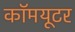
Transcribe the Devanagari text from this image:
कॉमयूटर